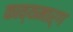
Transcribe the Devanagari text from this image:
काव्यमार्ग